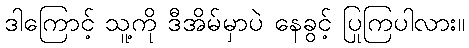
ဒါကြောင့် သူ့ကို ဒီအိမ်မှာပဲ နေခွင့် ပြုကြပါလား။